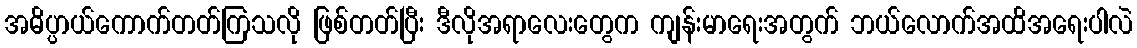
အဓိပ္ပာယ်ကောက်တတ်ကြသလို ဖြစ်တတ်ပြီး ဒီလိုအရာလေးတွေက ကျန်းမာရေးအတွက် ဘယ်လောက်အထိအရေးပါလဲ